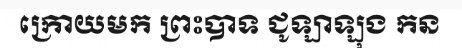
ក្រោយមក ព្រះបាទ ជូឡាឡុង កន